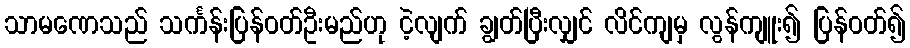
သာမဏေသည် သင်္ကန်းပြန်ဝတ်ဦးမည်ဟု ငဲ့လျက် ချွတ်ပြီးလျှင် လိင်ကျမှ လွန်ကျူး၍ ပြန်ဝတ်၍